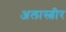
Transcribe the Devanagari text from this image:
अलास्त्रीर